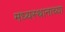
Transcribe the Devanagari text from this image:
मध्यस्थानाच्या